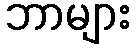
ဘာများ